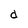
Character: d